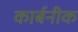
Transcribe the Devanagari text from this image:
कार्बनीक